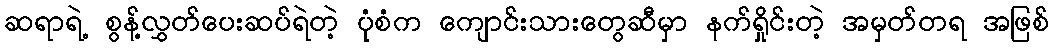
ဆရာရဲ့ စွန့်လွှတ်ပေးဆပ်ရဲတဲ့ ပုံစံက ကျောင်းသားတွေဆီမှာ နက်ရှိုင်းတဲ့ အမှတ်တရ အဖြစ်